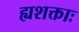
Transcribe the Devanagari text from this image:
ह्यशक्ताः